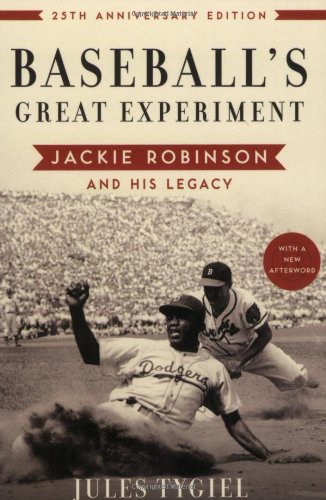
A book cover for Baseball's Great Experiment: Jackie Robinson and His Legacy; Jules Tygiel; Biographies & Memoirs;